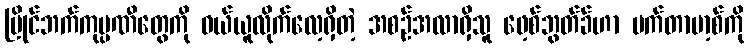
ပြိုင်ဘက်ကုမ္ပဏီတွေကို ဝယ်ယူလိုက်လေ့ရှိတဲ့ အစဉ်အလာရှိသူ ဖေ့စ်ဘွတ်ခ်ဟာ မက်တာဗာ့စ်ကို